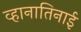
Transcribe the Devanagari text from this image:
व्हानातिनाई